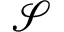
\mathcal S